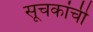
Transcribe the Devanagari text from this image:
सूचकांची